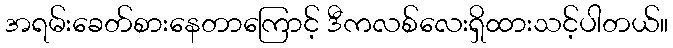
အရမ်းခေတ်စားနေတာကြောင့် ဒီကလစ်လေးရှိထားသင့်ပါတယ်။